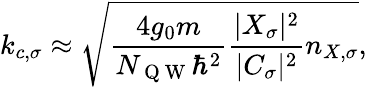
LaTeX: k_{c,\sigma}\approx\sqrt{\frac{4g_{0}m}{N_{\mathrm{~Q~W~}}\hbar^{2}}\frac{|X_{\sigma}|^{2}}{|C_{\sigma}|^{2}}n_{X,\sigma}},